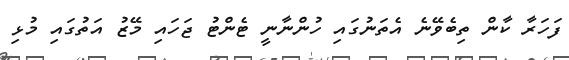
ފަހަރާ ކާން ތިބެވޭނެ އެތަނުގައި ހުންނާނީ ޓެންޓު ޖަހައި މޭޒު އަތުގައި މުޅި